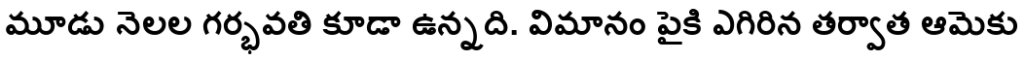
మూడు నెలల గర్భవతి కూడా ఉన్నది. విమానం పైకి ఎగిరిన తర్వాత ఆమెకు